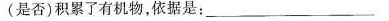
(是否)积累了有机物，依据是：___。氧气，相对|含量|时间0点6点12点18点24点